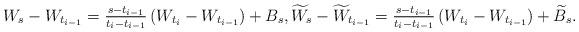
LaTeX: \begin{align*}W_s-W_{t_{i-1}}=\tfrac{s-t_{i-1}}{t_i-t_{i-1}}\,(W_{t_i}-W_{t_{i-1}})+B_s, \widetilde W_s-\widetilde W_{t_{i-1}}=\tfrac{s-t_{i-1}}{t_i-t_{i-1}}\,(W_{t_i}-W_{t_{i-1}})+\widetilde B_s.\end{align*}